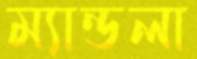
ম্যান্ডলা